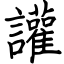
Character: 讙